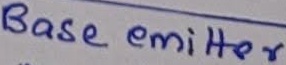
Text: Base emitter